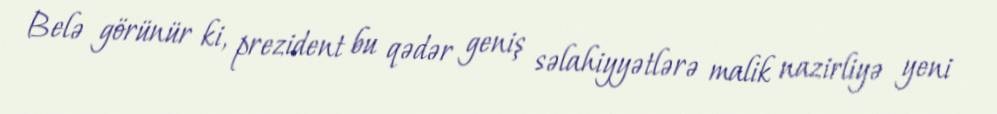
Belə görünür ki, prezident bu qədər geniş səlahiyyətlərə malik nazirliyə yeni